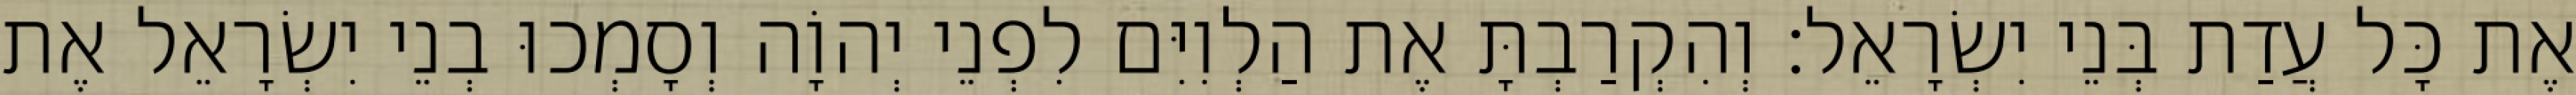
אֶת כָּל עֲדַת בְּנֵי יִשְׂרָאֵל׃ וְהִקְרַבְתָּ אֶת הַלְוִיִּם לִפְנֵי יְהוָֹה וְסָמְכוּ בְנֵי יִשְׂרָאֵל אֶת